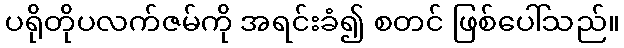
ပရိုတိုပလက်ဇမ်ကို အရင်းခံ၍ စတင် ဖြစ်ပေါ်သည်။